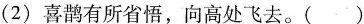
（2）喜鹊有所省悟，像高处飞去 。（）